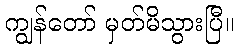
ကျွန်တော် မှတ်မိသွားပြီ။